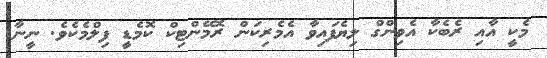
މެކީ އާއި ރެބެކާ އެވިންގް ލިޔެފައިވާ އެމެރިކަން ރޮމޭންޓިކް ކޮމެޑީ ފިލްމެކެވެ. ނީނާ